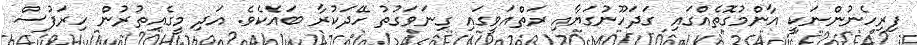
ފިރިހެނުންނަކީ އާންމުގޮތެއްގައި ގަދަހޫނުގަޔާއި ރަތްއަވީގައި ގިނަވަގުތު ހޭދަކުރާ ބައެކެވެ. އަދި މީގެއިތުރުން ހިރަފުސް